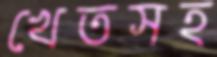
খেতসহ